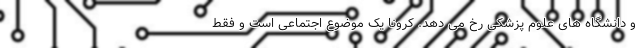
و دانشگاه های علوم پزشکی رخ می دهد. کرونا یک موضوع اجتماعی است و فقط